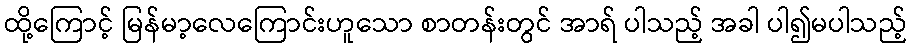
ထို့ကြောင့် မြန်မာ့လေကြောင်းဟူသော စာတန်းတွင် အာရ် ပါသည့် အခါ ပါ၍မပါသည့်